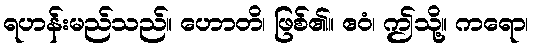
ရဟန်းမည်သည်။ ဟောတိ၊ ဖြစ်၏။ ဧဝံ၊ ဤသို့။ ကရော၊